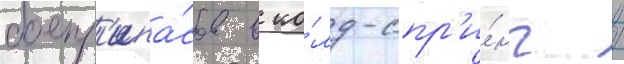
боепр'ипа́сов в ко́лд-спр'и́нг /